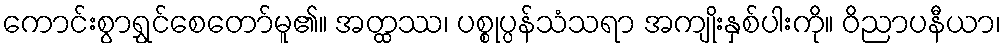
ကောင်းစွာရွှင်စေတော်မူ၏။ အတ္ထဿ၊ ပစ္စုပ္ပန်သံသရာ အကျိုးနှစ်ပါးကို။ ဝိညာပနီယာ၊